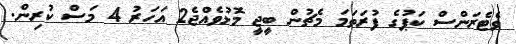
ވެޓެރަންސް ކަޕުގެ ފުރަތަމަ މެޗުން ބީޖީ މޮޅުވެއްޖެ2 އަހަރު 4 މަސް ކުރިން.